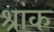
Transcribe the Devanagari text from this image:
श्रांक